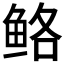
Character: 𱇪